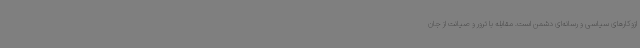
ازوکارهای سیاسی و رسانه‌ای دشمن است. مقابله با ترور و صیانت از جان